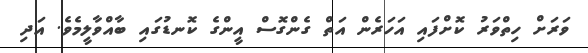
ވަރަށް ހިތްވަރު ކޮށްފައި އަހަރެން އަތް ގެންގޮސް އީންގެ ކޮނޑުގައި ބާއްވާލީމެވެ. އަދި